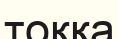
тоққа